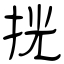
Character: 挄